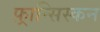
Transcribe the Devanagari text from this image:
फ़्रान्सिस्कन